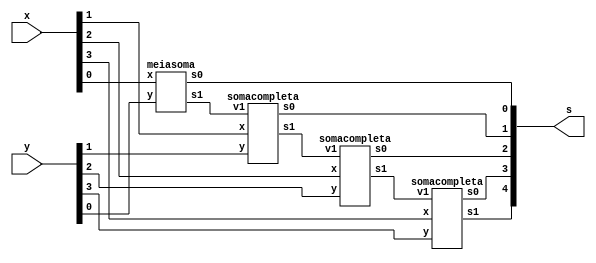
// ----------------------
// Guia 05
// Nome: Karen Alves Pereira
// -----------------------

//-- Soma completa 4 bits
 module somacompleta4bits (s,x,y);
 output [4:0] s;
 input [3:0] x, y;
 
 wire c1, c2, c3;


 meiasoma HA1 (s[0],c1,x[0],y[0]);
 somacompleta FA1 (s[1],c2,x[1],y[1],c1);
 somacompleta FA2 (s[2],c3,x[2],y[2],c2);
 somacompleta FA3 (s[3],s[4],x[3],y[3],c3);

 endmodule 

//-- Meia Soma
 module meiasoma(s0, s1,x, y);    
 output s0, s1;                  
 input x, y;                     

 xor XOR1(s0, x, y);
 and AND1(s1, x, y);
 
 endmodule

// -- Soma Completa 
 module somacompleta(s0, s1, x, y, v1);
 output s0, s1;
 input x, y, v1;
 wire s4, s5, s2;
 
 meiasoma HA1(s2, s4, x, y);
 meiasoma HA2(s0, s5, s2, v1);
 or OR1(s1,s5,s4);
 
 endmodule

// -- TESTE
  
 module test4bits;
 reg [3:0]  x, y;
 wire [4:0] s;
 integer a,b;
          
 somacompleta4bits  SOM1 (s,x,y);
 
 initial begin    //definindo valores iniciais
      x=0; y=0;
 end
 
 initial begin  //inicio
      $display("Guia 05 - Karen Alves Pereira - 407451");
      $display("Soma completa de dois valores com 4 bits");
		$display("\n   A   +   B  =   S  \n");
		$monitor("  %b%b%b%b + %b%b%b%b = %b%b%b%b%b", x[3],x[2],x[1],x[0],y[3],y[2],y[1],y[0],s[4],s[3],s[2],s[1],s[0]); 
 
   for(a=0; a <= 15; a = a+1) 
  	begin
	
   for(b=0; b <= 15; b = b+1) 
  	begin
	#1 x = a; y = b;
	
 end	
 end 
 end    
 endmodule